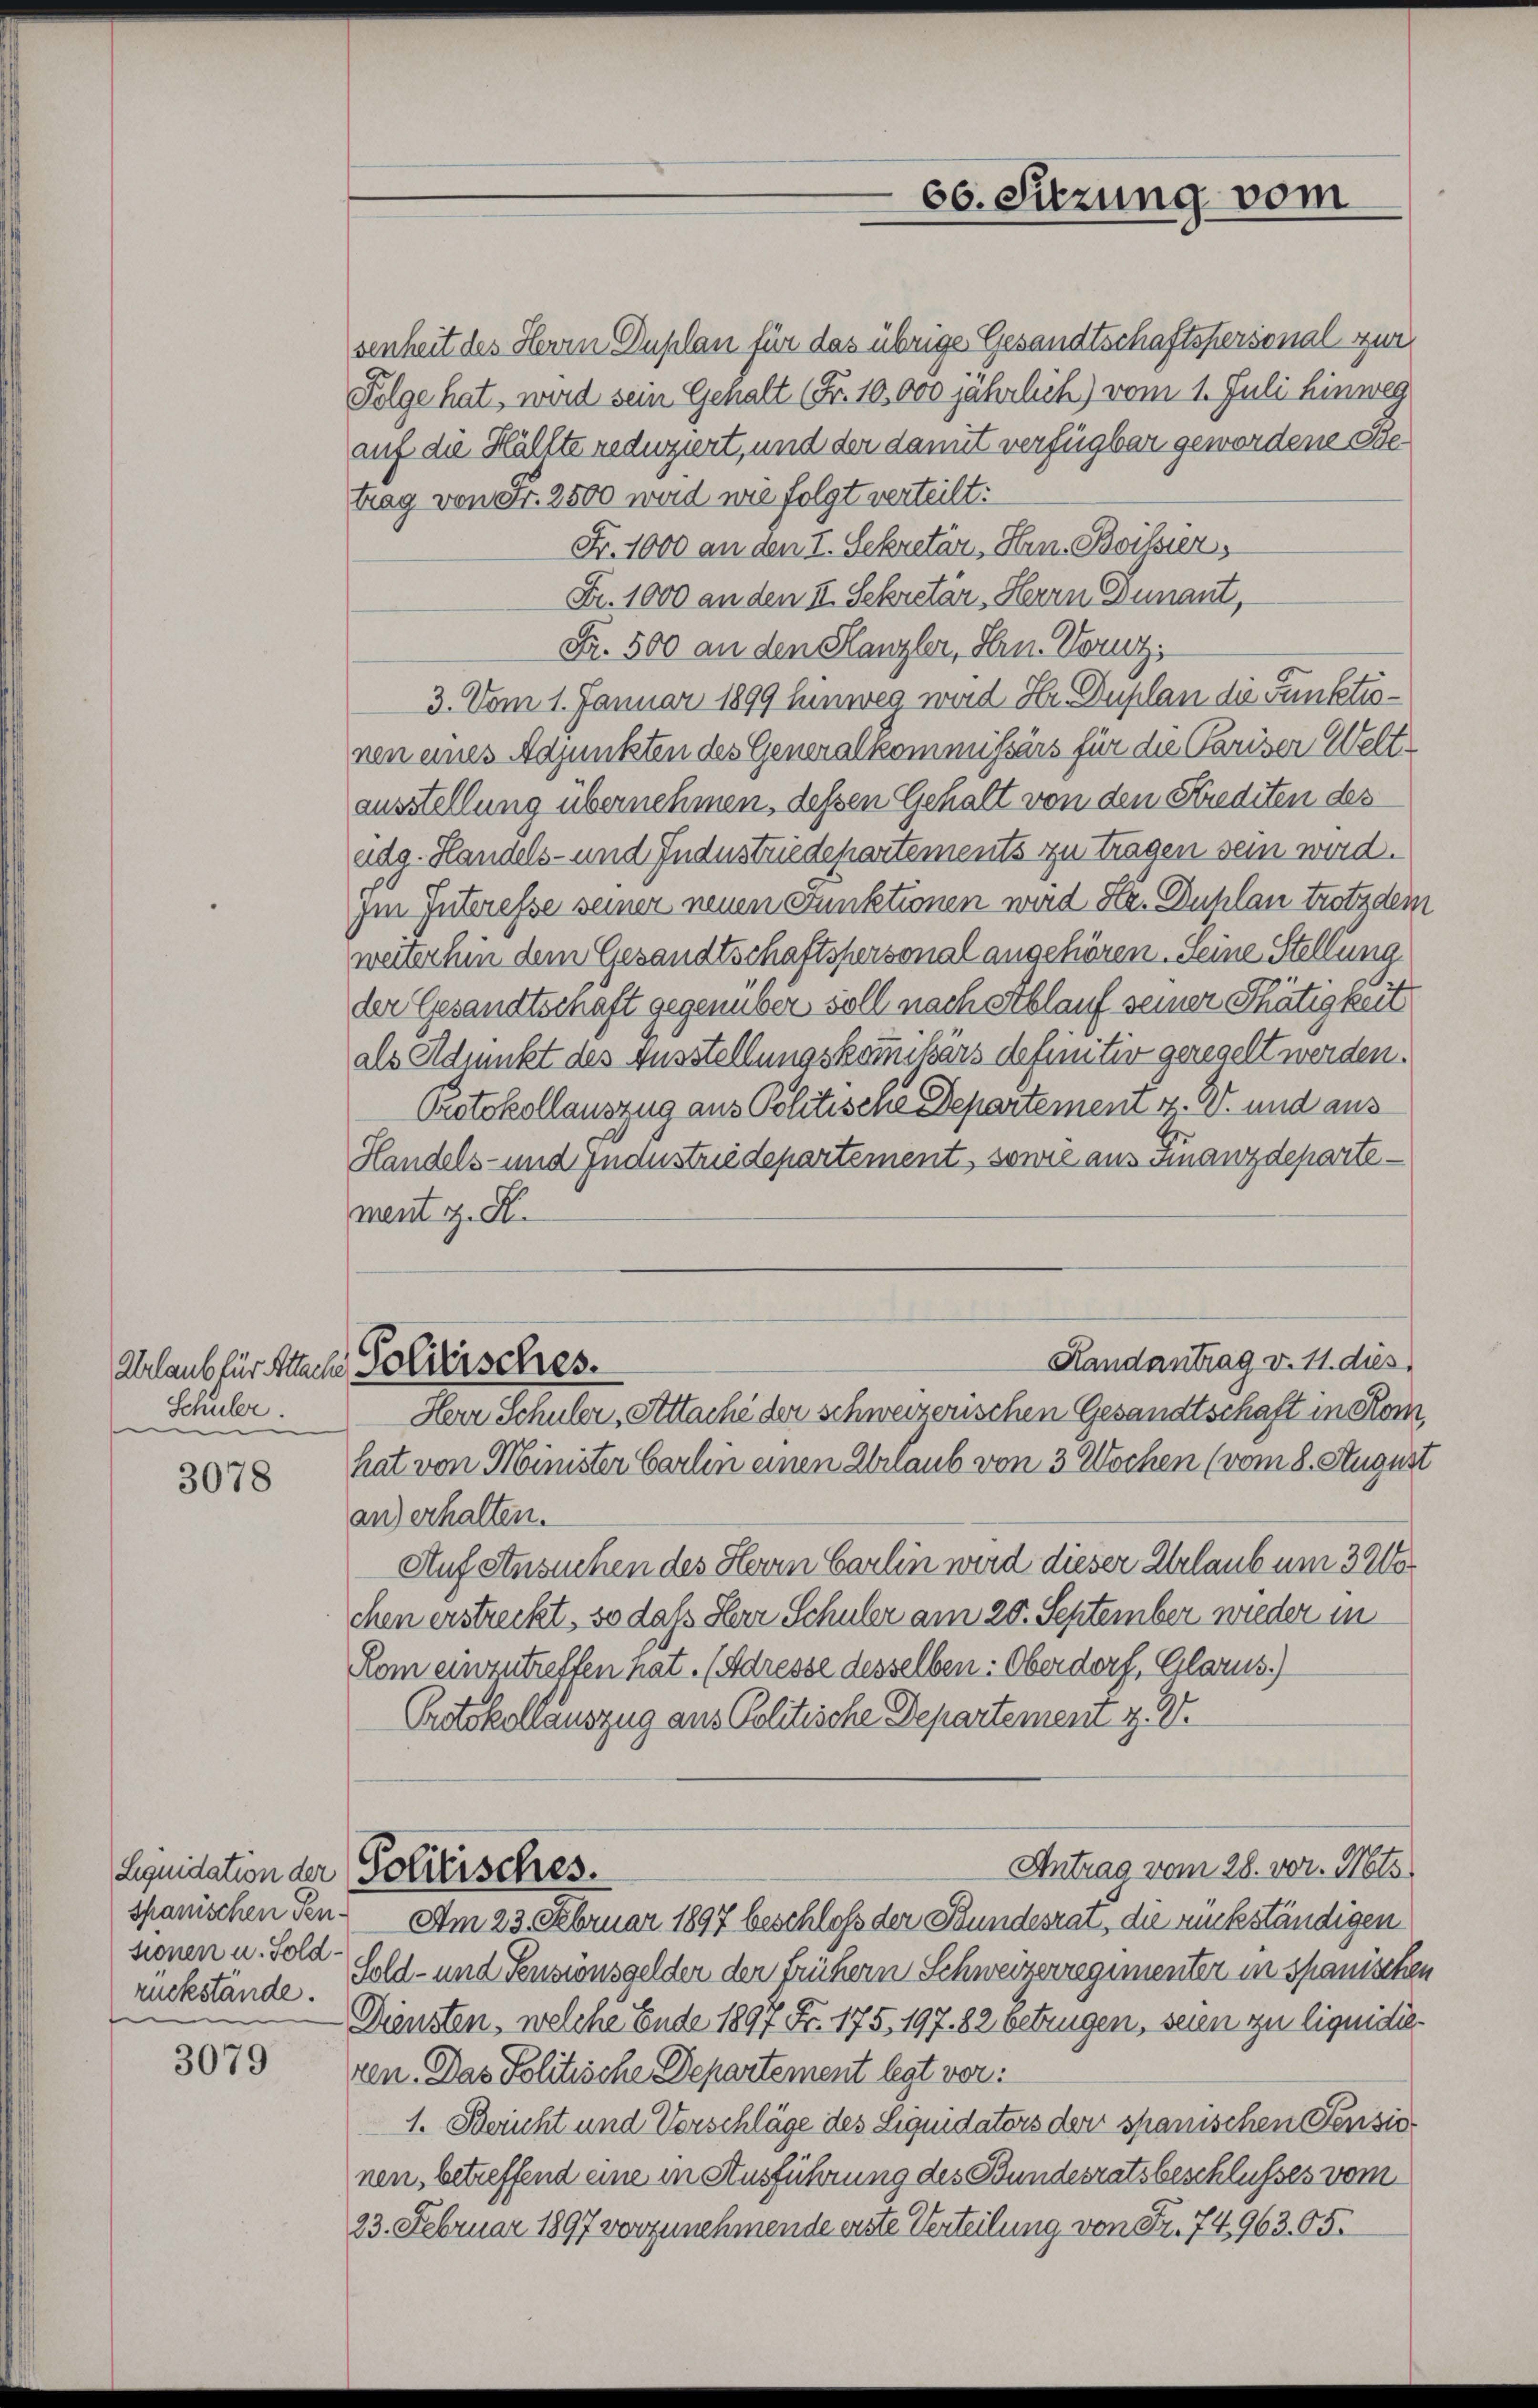
Schüler.

3078

spanischen Pensionen u. Sold
rückstände.

3079

Urlaub für Sache Politisches.

66. Sitzung vom

senheit des Herrn Duplan für das übrige Gesandtschaftspersonal zur
Folge hat, wird sein Gehalt (Fr. 10,000 jährlich) vom 1. Juli hinweg
auf die Hälfte reduziert, und der damit verfügbar gewordene Betrag von Fr. 2500 wird wie folgt verteilt:
Fr. 1000 an den I. Sekretär, Hrn. Boissier,
Fr. 1000 an den II. Sekretär, Herrn Dunant,
Fr. 500 an den Kanzler, Hrn. Vorz
3. Vom 1. Januar 1899 hinweg wird Hr. Duplan die Funktionen eines Adjunkten des Generalkommissärs für die Pariser Weltausstellung übernehmen, dessen Gehalt von den Strediten des
adg. Handels- und Industriedepartements zu tragen sein wird.
im Interesse seiner neuen Funktionen wird Hr. Duplan trotzdem
weiterhin dem Gesandtschaftspersonal angehören. Seine Stellung
der Gesandtschaft gegenüber soll nach Ablauf seiner Thätigkeit
als Adjunkt des Ausstellungskomißärs definitiv geregelt werden.
Protokollauszug aus Politische Departement v. V. und aus
Handels- und Jndustriedepartement, sowie aus Finanzdepartement z. R.

Handantrag v. 11. dies

Herr Schuler, Attache der schweizerischen Gesandtschaft in Rom,
hat von Minister Carlin einen Urlaub von 3 Wochen (vom 8. August
an) erhalten.
Auf Ansuchen des Herrn Carlin wird dieser Erlaub um 3200
chen erstreckt, so dass Herr Schuler am 20. September wieder in
Rom einzutreffen hat. (Adresse desselben: Oberdorf, Glarus.)
Protokollauszug aus Politische Departement z. V.
Antrag vom 28. vor. Mts.
Liquidation der Politisches.
Am 23. Februar 1897 beschloss der Bundesrat, die rückständigen
Sold- und Pensionsgelder der frühern Schweizerregimenter in spanischen
Diensten, welche Ende 1897 Fr. 175, 197. 82 betrügen, seien zu liquidieren. Das Politische Departement legt vor:
1. Bericht und Vorschläge des Liquidators der spanischen Pensio
nen, betreffend eine in Ausführung des Bundesratsbeschlusses vom
23. Februar 1897 vorzunehmende erste Verteilung von Fr. 74963. 65.